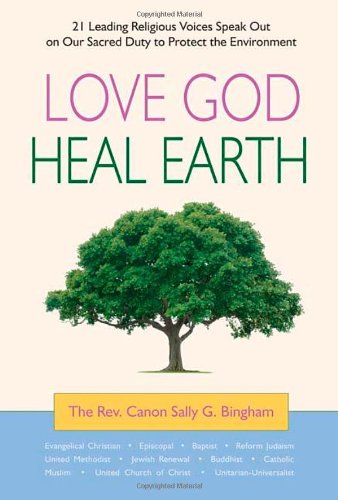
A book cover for Love God, Heal Earth: 21 Leading Religious Voices Speak Out on Our Sacred Duty to Protect the Environment; Sally G Bingham; Christian Books & Bibles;